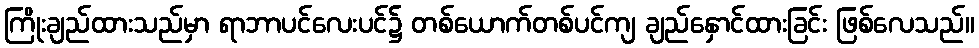
ကြိုးချည်ထားသည်မှာ ရာဘာပင်လေးပင်၌ တစ်ယောက်တစ်ပင်ကျ ချည်နှောင်ထားခြင်း ဖြစ်လေသည်။